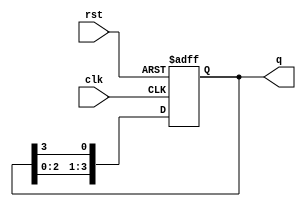
module ring_counter #(parameter N = 4) (
    input wire clk,       // Clock signal
    input wire rst,       // Reset signal
    output reg [N-1:0] q // Counter output
);

// Initial state of the counter
initial begin
    q = 1'b1; // Set the initial state with one '1', rest '0's
end

// On each clock cycle
always @(posedge clk or posedge rst) begin
    if (rst) begin
        // Asynchronous reset: Initialize to the first state
        q <= 1'b1; // Reset to first state: 000...001
    end else begin
        // Shift the '1' to the left, wrapping around to the end
        q <= {q[N-2:0], q[N-1]}; // Shift operation
    end
end

endmodule